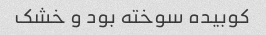
کوبیده سوخته بود و خشک